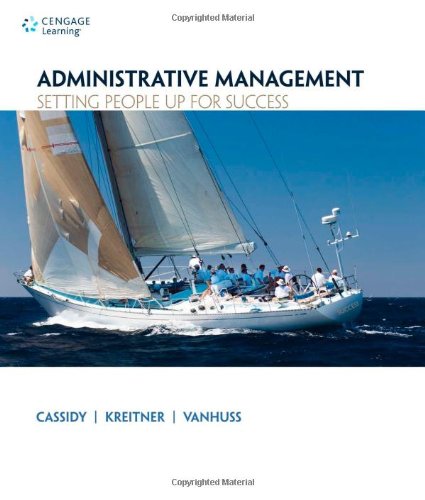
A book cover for Administrative Management: Setting People Up for Success; Charlene Cassidy; Business & Money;